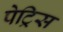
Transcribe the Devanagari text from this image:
पेट्रिस